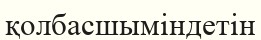
қолбасшыміндетін